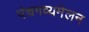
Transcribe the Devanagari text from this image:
पंचगव्यमेलन